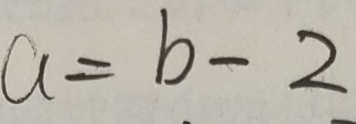
a = b - 2